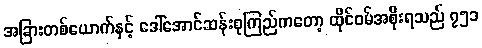
အခြားတစ်ယောက်နှင့် ဒေါ်အောင်ဆန်းစုကြည်ကတော့ ထိုင်ဝမ်အစိုးရသည် ၇၅၁